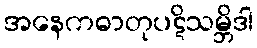
အနေကဓာတုပဋိသမ္ဘိဒါ